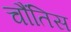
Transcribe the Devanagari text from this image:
चौंतिस